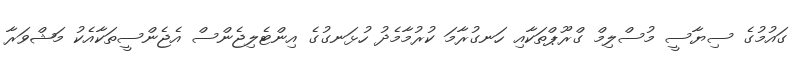
ގައުމުގެ ސިޔާސީ މުސްލިމް ގްރޫޕްތަކާއި ހަނގުރާމަ ކުރުމާމެދު ހުޅަނގުގެ އިންޓެލިޖެންސް އެޖެންސީތަކާއެކު މަޝްވަރާ